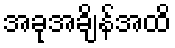
အခုအချိန်အထိ